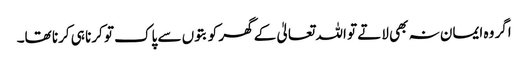
اگر وہ ایمان نہ بھی لاتے تو اللہ تعالیٰ کے گھر کو بتوں سے پاک تو کرنا ہی کرنا تھا۔